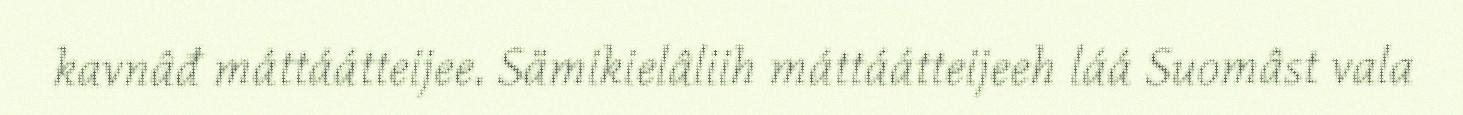
kavnâđ máttáátteijee. Sämikielâliih máttáátteijeeh láá Suomâst vala